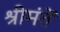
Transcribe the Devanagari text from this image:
श्रीमंतें